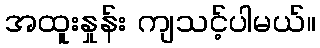
အထူးနှုန်း ကျသင့်ပါမယ်။